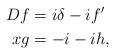
LaTeX: \begin{align*}Df&=i\delta-i f'\\xg&=-i-ih,\end{align*}